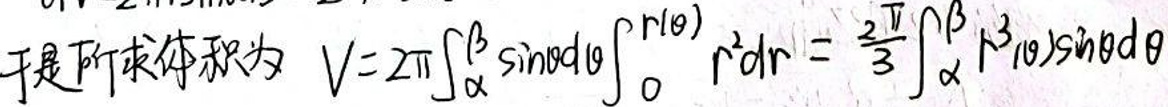
于是所求体积为\(V = 2\pi\int_{\alpha}^{\beta}\sin\theta d\theta\int_{0}^{r(\theta)}r^{2}dr=\frac{2}{3}\pi\int_{\alpha}^{\beta}r^{3}(\theta)\sin\theta d\theta\)